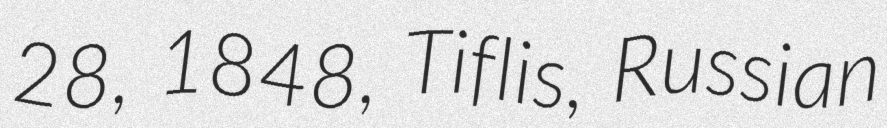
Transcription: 28, 1848, Tiflis, Russian